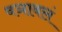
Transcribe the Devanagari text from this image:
वञाबलं